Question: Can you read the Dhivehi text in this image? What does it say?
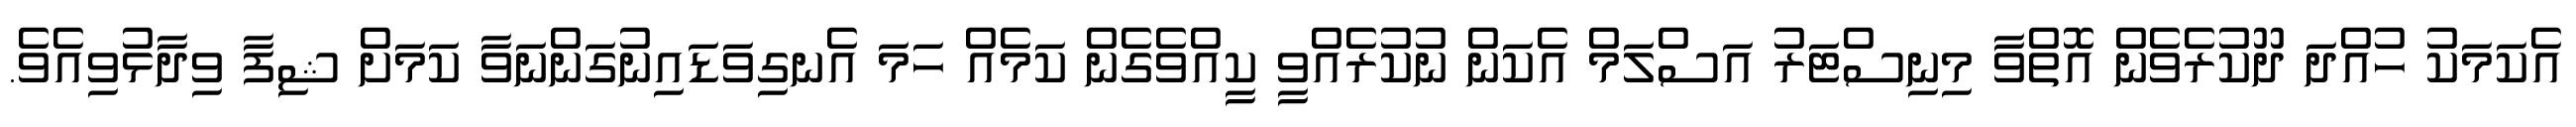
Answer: އެކަމަކު ހުއްދަ ދޫކުރެވެން އޮތްވާ މިނިސްޓަރު އަސްލަމް އެކަން ނުކުރެއްވީ ކީއްވެގެން ކަމެއް ހަމަ އެނގިވަޑައިނުގަންނަވާ ކަމަށް ޝިފާ ވިދާޅުވިއެވެ.